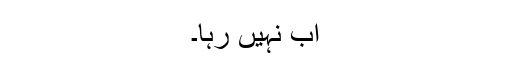
اب نہیں رہا۔